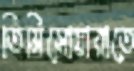
তিমিসোয়ারাতে